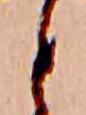
と